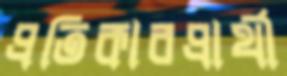
প্রতিকারপ্রার্থী